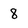
Character: 8